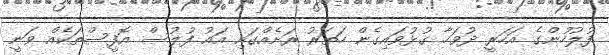
ފުލުހުންގެ އަހަރީ ދުވަހާ ގުޅުވައިގެން ހަތަރު ރަށެއްގައި އައު ފުލުސް އޮފީސްތަކެއް ވަނީ